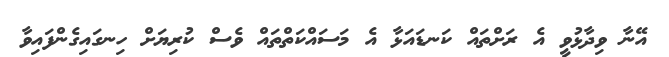
އޭނާ ވިދާޅުވީ އެ ރަށްތައް ކަނޑައަޅާ އެ މަސައްކަތްތައް ވެސް ކުރިޔަށް ހިނގައިގެންފައިވާ